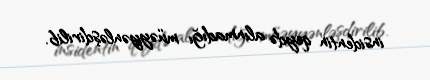
insidentin qeydə alınmadığı müəyyənləşdirilib.